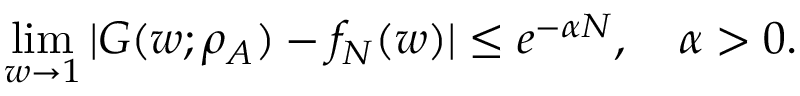
\operatorname* { l i m } _ { w \to 1 } | G ( w ; \rho _ { A } ) - f _ { N } ( w ) | \leq e ^ { - \alpha N } , \quad \alpha > 0 .